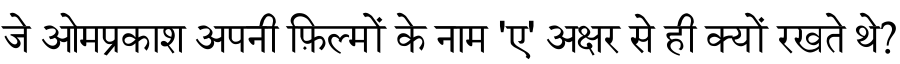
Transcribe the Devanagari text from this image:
जे ओमप्रकाश अपनी फ़िल्मों के नाम 'ए' अक्षर से ही क्यों रखते थे?